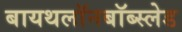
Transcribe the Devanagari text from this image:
बायथलॉनबॉब्स्लेड